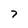
Character: 7